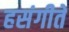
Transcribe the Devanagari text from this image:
हसंगीते